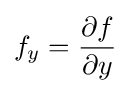
f_{y}={\frac {\partial f}{\partial y}}